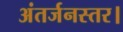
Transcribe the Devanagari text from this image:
अंतर्जनस्तर।